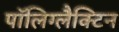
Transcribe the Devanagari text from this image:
पॉलिग्लैक्टिन